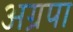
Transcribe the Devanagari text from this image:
अग्रपा